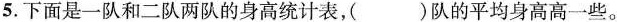
5.下面是一队和二队两队的身高统计表，( )队的平均身高高一些。